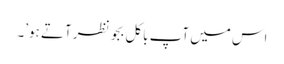
اس میں آپ باکل بجو نظر آتے ہو’۔